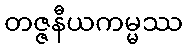
တဇ္ဇနီယကမ္မဿ